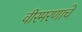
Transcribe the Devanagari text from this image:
वीरमरणाचे